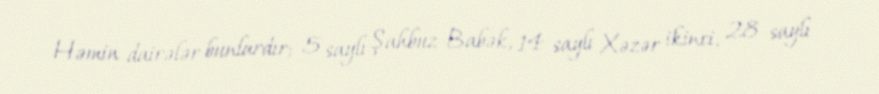
Həmin dairələr bunlardır; 5 saylı Şahbuz-Babək, 14 saylı Xəzər ikinci, 28 saylı